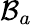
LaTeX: \mathcal{B}_{a}